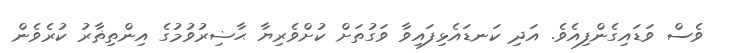
ވެސް ވަޑައިގެންފިއެވެ. އަދި ކަނޑައެޅިފައިވާ ވަގުތަށް ކުށްވެރިޔާ ޙާޟިރުވުމުގެ އިންތިޡާރު ކުރެވެން